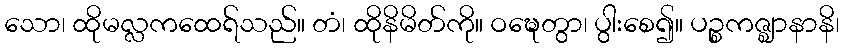
သော၊ ထိုမလ္လကထေရ်သည်။ တံ၊ ထိုနိမိတ်ကို။ ဝဍ္ဎေတွာ၊ ပွါးစေ၍။ ပဉ္စကဇ္ဈာနာနိ၊